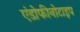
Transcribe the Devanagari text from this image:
एंडोफीनोटाइप